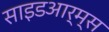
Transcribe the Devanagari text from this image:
साइडआर्म्स